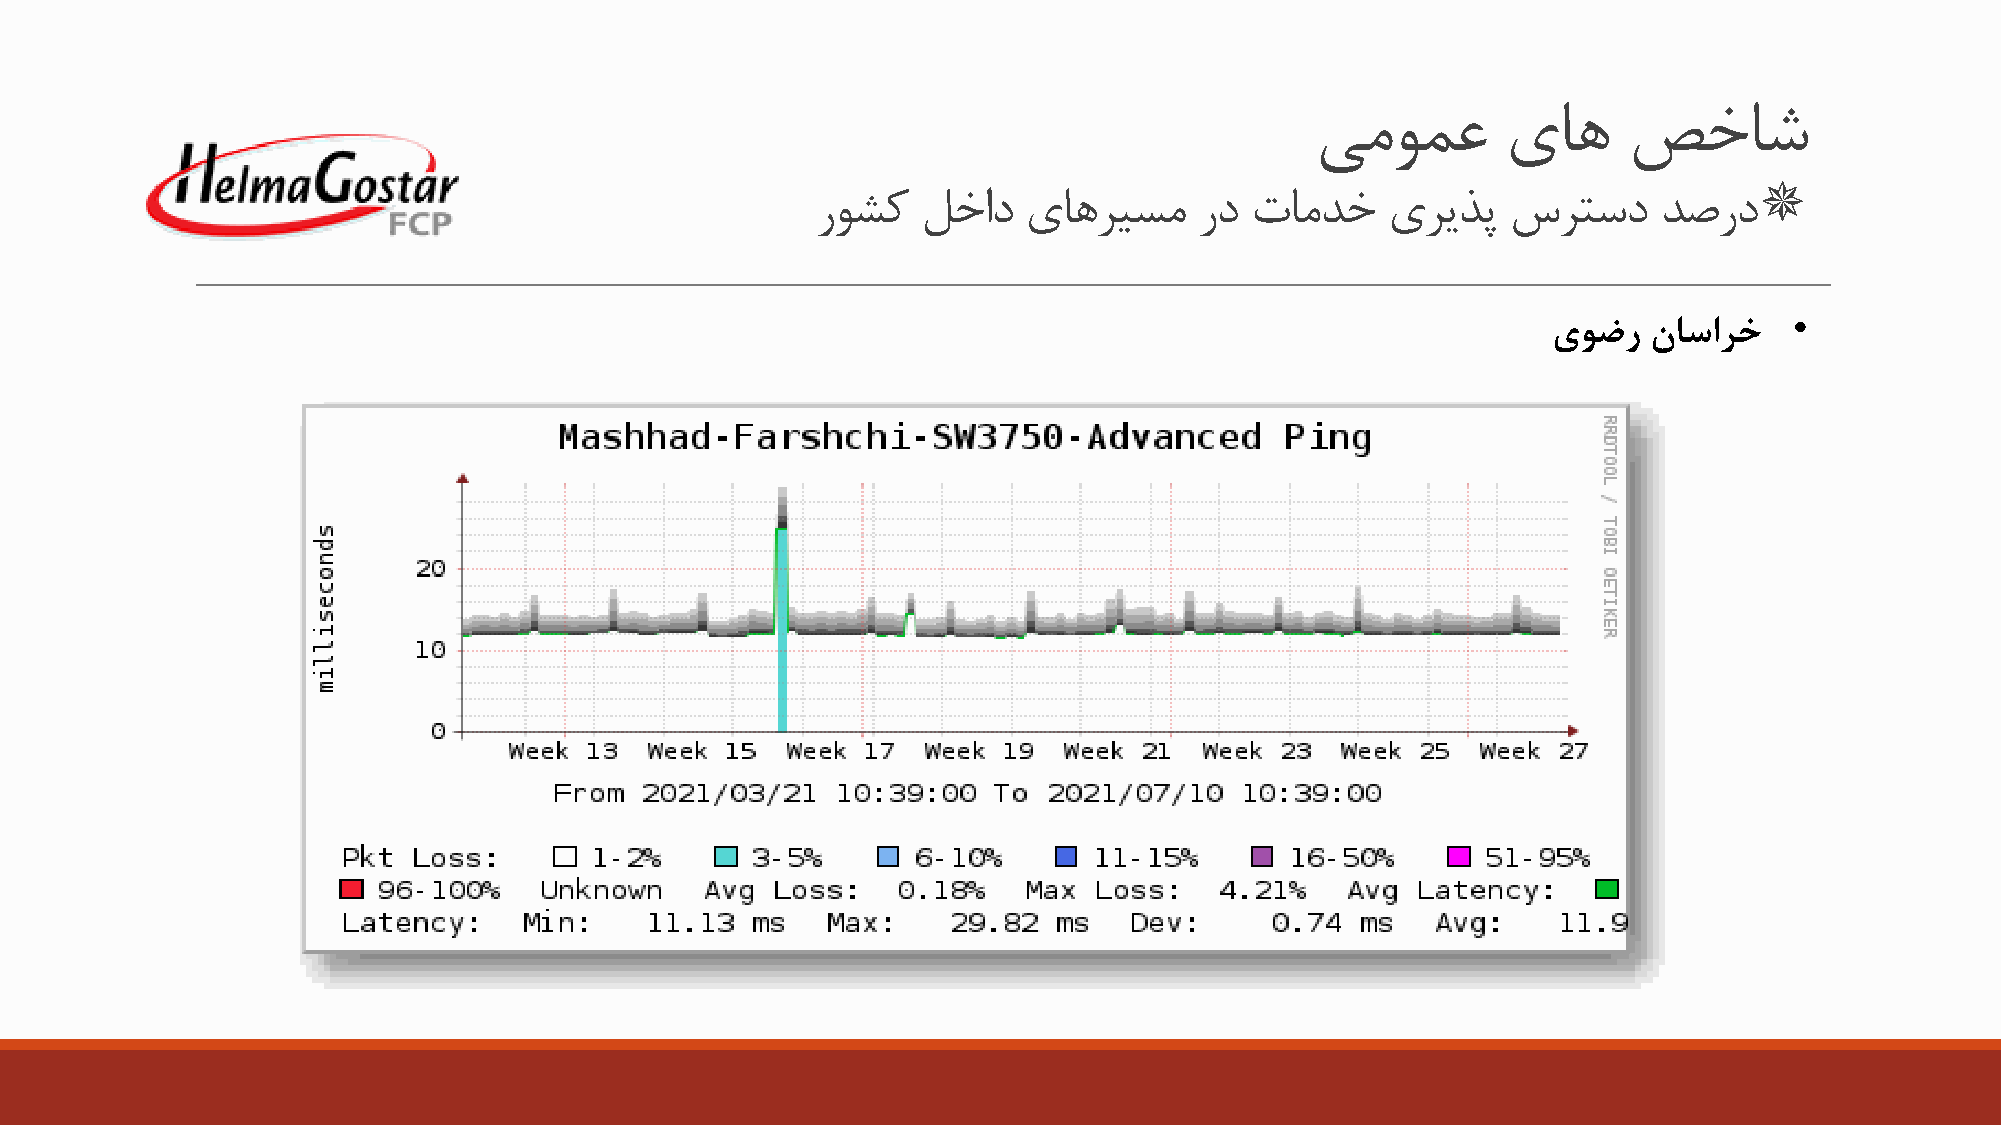
یمومع        یاه     صخاش
 
 روشک   لخاد   یاهریسم    رد  تامدخ    یريذپ   سرتسد     دصرد
 •
 یوضر  ناسارخ